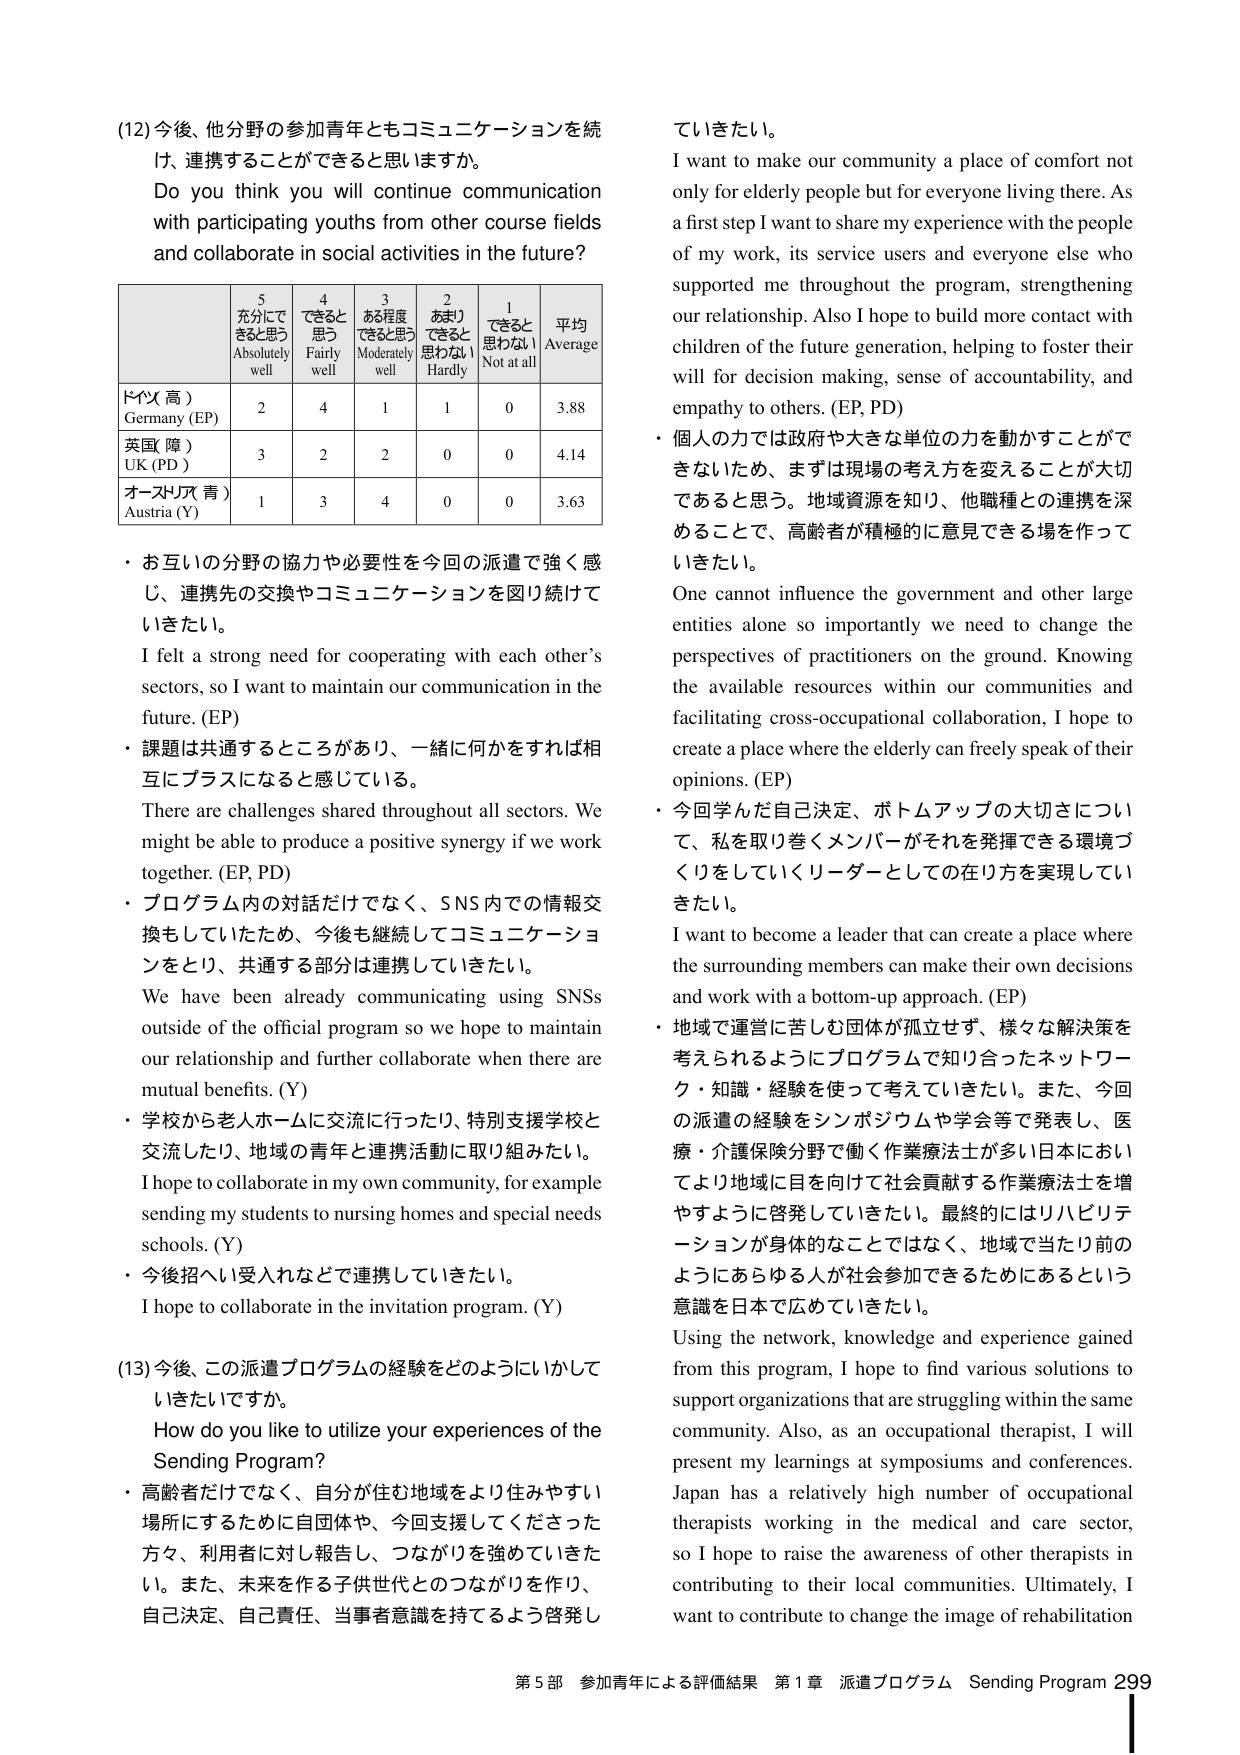
(12) 今後、他分野の参加青年ともコミュニケーションを続け、連携することができると思いますか。
Do you think you will continue communication with participating youths from other course fields and collaborate in social activities in the future?

| | 5 充分にできると思う Absolutely well | 4 できると思う Fairly well | 3 ある程度できると思う Moderately well | 2 あまりできると思わない Hardly | 1 できると思わない Not at all | 平均 Average |
|---|---|---|---|---|---|---|
| ドイツ（高） Germany (EP) | 2 | 4 | 1 | 1 | 0 | 3.88 |
| 英国（障） UK (PD) | 3 | 2 | 2 | 0 | 0 | 4.14 |
| オーストリア（青） Austria (Y) | 1 | 3 | 4 | 0 | 0 | 3.63 |

・お互いの分野の協力や必要性を今回の派遣で強く感じ、連携先の交換やコミュニケーションを図り続けていきたい。
I felt a strong need for cooperating with each other’s sectors, so I want to maintain our communication in the future. (EP)

・課題は共通するところがあり、一緒に何かをすれば相互にプラスになると感じている。
There are challenges shared throughout all sectors. We might be able to produce a positive synergy if we work together. (EP, PD)

・プログラム内の対話だけでなく、SNS内での情報交換もしていたため、今後も継続してコミュニケーションをとり、共通する部分は連携していきたい。
We have been already communicating using SNSs outside of the official program so we hope to maintain our relationship and further collaborate when there are mutual benefits. (Y)

・学校から老人ホームに交流に行ったり、特別支援学校と交流したり、地域の青年と連携活動に取り組みたい。
I hope to collaborate in my own community, for example sending my students to nursing homes and special needs schools. (Y)

・今後招へい受入れなどで連携していきたい。
I hope to collaborate in the invitation program. (Y)

(13) 今後、この派遣プログラムの経験をどのようにいかしていきたいですか。
How do you like to utilize your experiences of the Sending Program?

・高齢者だけでなく、自分が住む地域をより住みやすい場所にするために自団体や、今回支援してくださった方々、利用者に対し報告し、つながりを強めていきたい。また、未来を作る子供世代とのつながりを作り、自己決定、自己責任、当事者意識を持てるよう啓発していきたい。
I want to make our community a place of comfort not only for elderly people but for everyone living there. As a first step I want to share my experience with the people of my work, its service users and everyone else who supported me throughout the program, strengthening our relationship. Also I hope to build more contact with children of the future generation, helping to foster their will for decision making, sense of accountability, and empathy to others. (EP, PD)

・個人の力では政府や大きな単位の力を動かすことができないため、まずは現場の考え方を変えることが大切であると思う。地域資源を知り、他職種との連携を深めることで、高齢者が積極的に意見できる場を作っていきたい。
One cannot influence the government and other large entities alone so importantly we need to change the perspectives of practitioners on the ground. Knowing the available resources within our communities and facilitating cross-occupational collaboration, I hope to create a place where the elderly can freely speak of their opinions. (EP)

・今回学んだ自己決定、ボトムアップの大切さについて、私を取り巻くメンバーがそれを発揮できる環境づくりをしていくリーダーとしての在り方を実現していきたい。
I want to become a leader that can create a place where the surrounding members can make their own decisions and work with a bottom-up approach. (EP)

・地域で運営に苦しむ団体が孤立せず、様々な解決策を考えられるようにプログラムで知り合ったネットワーク・知識・経験を使って考えていきたい。また、今回の派遣の経験をシンポジウムや学会等で発表し、医療・介護保険分野で働く作業療法士が多い日本においてより地域に目を向けて社会貢献する作業療法士を増やすように啓発していきたい。最終的にはリハビリテーションが身体的なことではなく、地域で当たり前のようにあらゆる人が社会参加できるためにあるという意識を日本で広めていきたい。
Using the network, knowledge and experience gained from this program, I hope to find various solutions to support organizations that are struggling within the same community. Also, as an occupational therapist, I will present my learnings at symposiums and conferences. Japan has a relatively high number of occupational therapists working in the medical and care sector, so I hope to raise the awareness of other therapists in contributing to their local communities. Ultimately, I want to contribute to change the image of rehabilitation

第5部 参加青年による評価結果 第1章 派遣プログラム Sending Program 299